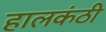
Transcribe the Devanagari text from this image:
हालकंठी